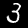
Digit: 3